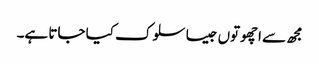
مجھ سے اچھوتوں جیسا سلوک کیا جاتا ہے۔